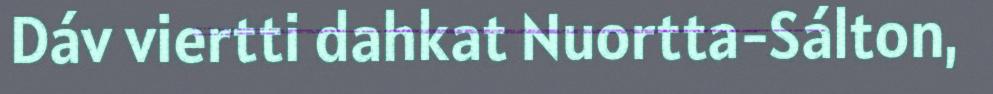
Dáv viertti dahkat Nuortta-Sálton,